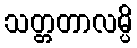
သတ္တတာလမ္ပိ